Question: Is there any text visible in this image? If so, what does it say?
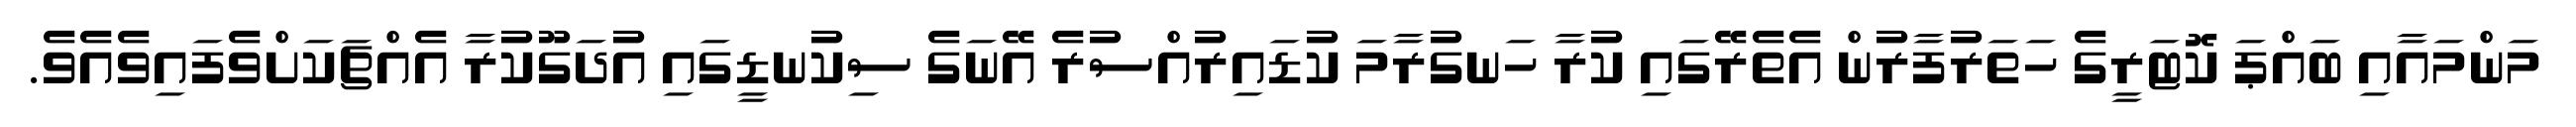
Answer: މަންމައާއި ބައްޕަ ކޮޓަރީގެ ހަތަރުފާރުން އެތެރޭގައި ކުރާ ހަނގުރާމަ ކުޑައިރުއްސުރެ އޭނަގެ ސިކުނޑީގައި އުދަގޫކުރާ އެއްޗަކަށްވެފައިވެއެވެ.